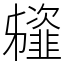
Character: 䪢